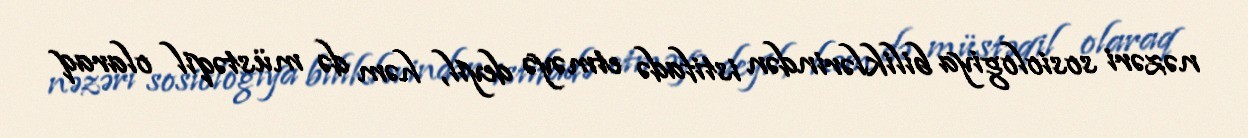
nəzəri sosiologiya biliklərindən istifadə etməyə deyil, həm də müstəqil olaraq